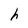
Character: h